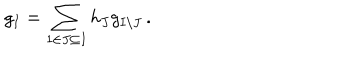
LaTeX: g _ { I } = \sum _ { 1 \in J \subseteq I } h _ { J } g _ { I \setminus J } \, .